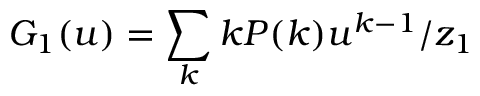
G _ { 1 } ( u ) = \sum _ { k } k P ( k ) u ^ { k - 1 } / z _ { 1 }